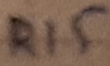
Text: R15